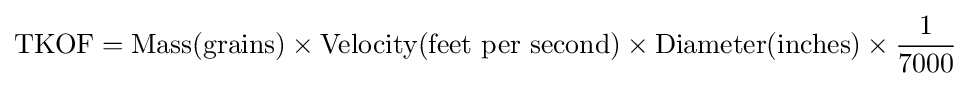
{\text{TKOF}}={\text{Mass(grains)}}\times {\text{Velocity(feet per second)}}\times {\text{Diameter(inches)}}\times {\frac {1}{7000}}